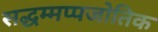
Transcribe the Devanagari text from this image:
सद्धम्मप्पजोतिक